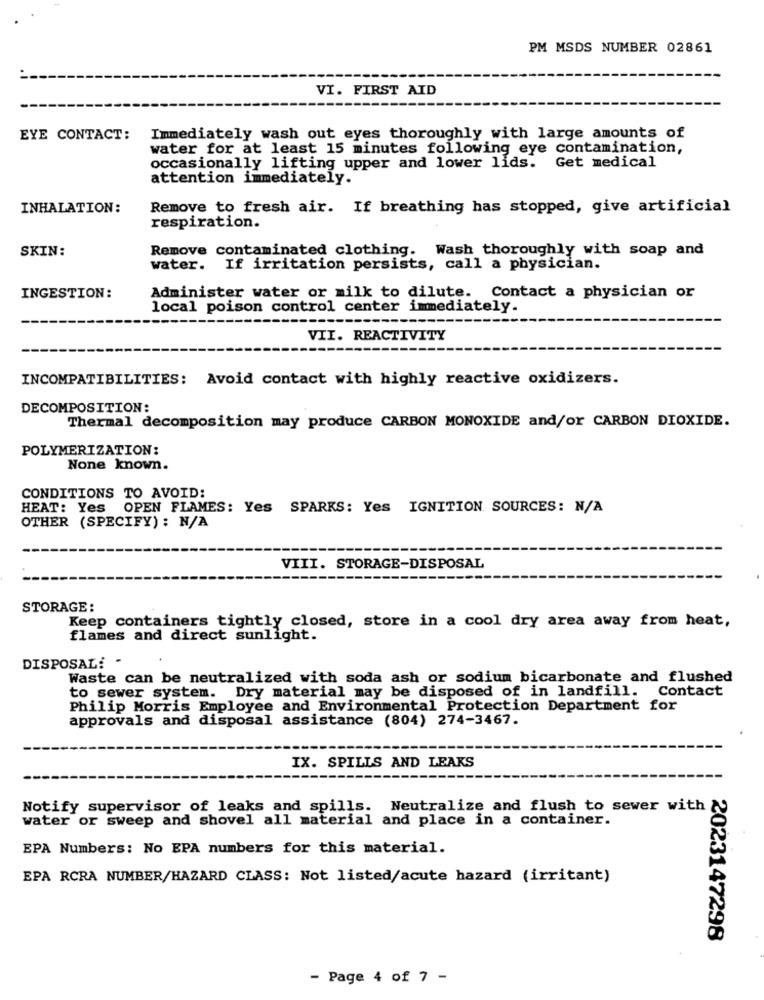
PM MSDS NUMBER 02861
VI. FIRST AID
EYE CONTACT:
Immediately wash out eyes thoroughly with large amounts of
water for at least 15 minutes following eye contamination,
Get medical
occasionally lifting upper and lower lids.
attention immediately.
INHALATION:
Remove to fresh air. If breathing has stopped, give artificial
respiration.
SKIN:
Remove contaminated clothing. Wash thoroughly with soap and
water. If irritation persists, call a physician.
Administer water or milk to dilute. Contact a physician or
INGESTION:
local poison control center immediately.
VII. REACTIVITY
INCOMPATIBILITIES: Avoid contact with highly reactive oxidizers.
DECOMPOSITION:
Thermal decomposition may produce CARBON MONOXIDE and/or CARBON DIOXIDE.
POLYMERIZATION:
None known.
CONDITIONS TO AVOID:
HEAT: Yes OPEN FLAMES: Yes SPARKS: Yes IGNITION. SOURCES: N/A
OTHER (SPECIFY) : N/A
VIII. STORAGE-DISPOSAL
STORAGE :
Keep containers tightly closed, store in a cool dry area away from heat,
flames and direct sunlight.
DISPOSAL! -
Waste can be neutralized with soda ash or sodium bicarbonate and flushed
to sewer system. Dry material may be disposed of in landfill. Contact
Philip Morris Employee and Environmental Protection Department for
approvals and disposal assistance (804) 274-3467.
IX. SPILLS AND LEAKS
Notify supervisor of leaks and spills. Neutralize and flush to sewer with &
water or sweep and shovel all material and place in a container.
EPA Numbers: No EPA numbers for this material.
EPA RCRA NUMBER/HAZARD CLASS: Not listed/acute hazard (irritant)
2023147298
- Page 4 of 7 -